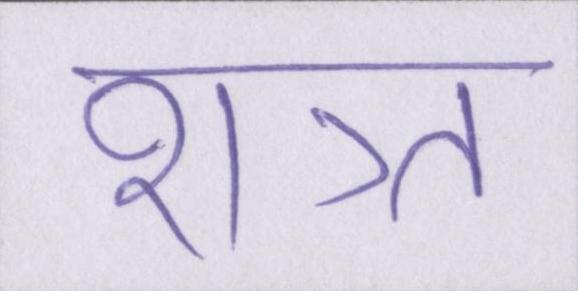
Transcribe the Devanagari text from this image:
शत्र्त